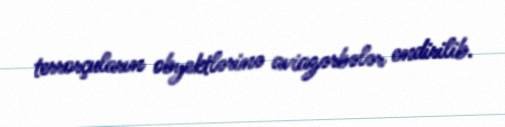
terrorçuların obyektlərinə aviazərbələr endirilib.